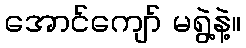
အောင်ကျော် မရွဲ့နဲ့။